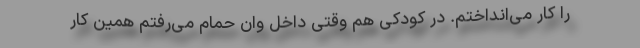
را کار می‌انداختم. در کودکی هم وقتی داخل وان حمام می‌رفتم همین کار